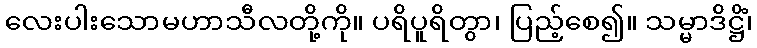
လေးပါးသောမဟာသီလတို့ကို။ ပရိပူရိတွာ၊ ပြည့်စေ၍။ သမ္မာဒိဋ္ဌိံ၊